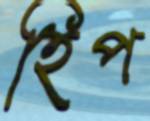
হিপ